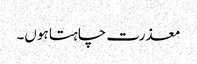
معذرت چاہتا ہوں۔